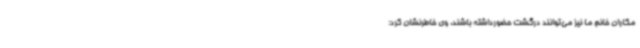
مکاران خانم ما نیز می‌توانند درگشت حضورداشته باشند. وی خاطرنشان کرد: